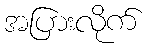
အပြားလိုက်